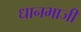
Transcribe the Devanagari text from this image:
धानभाजी